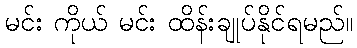
မင်း ကိုယ် မင်း ထိန်းချုပ်နိုင်ရမည်။